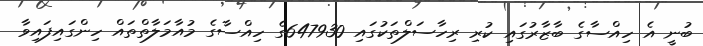
ބުނީ އެ ހިއްސާގެ ބާޒާރުގައި ކުރި ރިހާސަލްތަކުގައި 647930ގެ ހިއްސާގެ މުއާމަލާތްތައް ހިންގައިފައިވާ